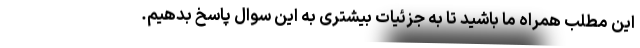
این مطلب همراه ما باشید تا به جزئیات بیشتری به این سوال پاسخ بدهیم.